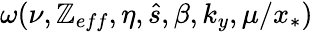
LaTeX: \omega(\nu,\mathbb{Z}_{eff},\eta,\hat{{s}},\beta,k_{y},\mu/x_{*})